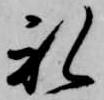
礼